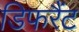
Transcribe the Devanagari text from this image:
डिफरैंट